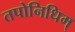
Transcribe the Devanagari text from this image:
तपोनिधिम्